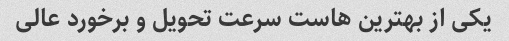
یکی از بهترین هاست سرعت تحویل و برخورد عالی